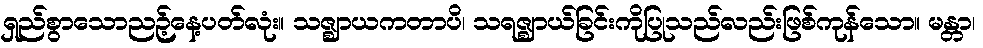
ရှည်စွာသောညဉ့်နေ့ပတ်လုံး။ သဇ္ဈာယကတာပိ၊ သရဇ္ဈာယ်ခြင်းကိုပြုသည်လည်းဖြစ်ကုန်သော။ မန္တာ၊